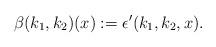
LaTeX: \begin{align*} \beta(k_1,k_2)(x):= \epsilon'(k_1,k_2,x). \end{align*}